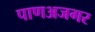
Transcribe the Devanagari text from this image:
पाणअजगर